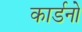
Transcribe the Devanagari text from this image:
कार्डनो